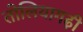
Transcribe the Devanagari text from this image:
तोलियागढ़ी